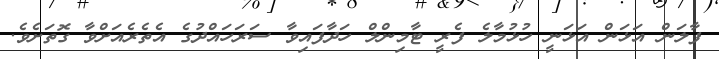
ފާލަން އަޅަން އަޅަނީ ހުޅުމާލެ ފެރީ ޓާމިންލް ހަދާފައިވާ ސަރަހައްދުގެ އެތެރެއަށްވާ ގޮތަށެވެ.